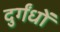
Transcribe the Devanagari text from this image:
दुर्गंधों